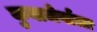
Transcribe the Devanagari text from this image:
कुवाजेर्वाला